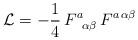
LaTeX: \begin{align*} {\cal L} = - {1\over 4}\, F^a_{\,\ \alpha\beta}\, F^{a\,\alpha\beta}\end{align*}